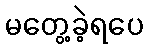
မတွေ့ခဲ့ရပေ